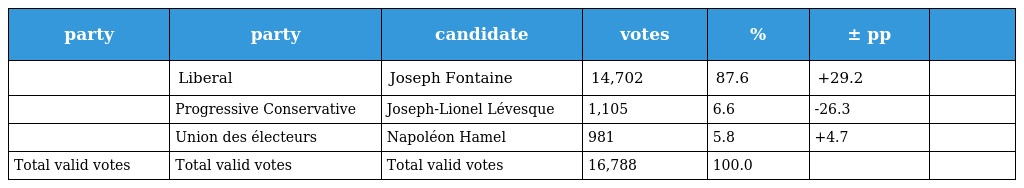
| party | party | candidate | votes | % | ± pp |  |
 | --- | --- | --- | --- | --- | --- | --- |
 |  | Liberal | Joseph Fontaine | 14,702 | 87.6 | +29.2 |  |
 |  | Progressive Conservative | Joseph-Lionel Lévesque | 1,105 | 6.6 | -26.3 |  |
 |  | Union des électeurs | Napoléon Hamel | 981 | 5.8 | +4.7 |  |
 | Total valid votes | Total valid votes | Total valid votes | 16,788 | 100.0 |  |  |